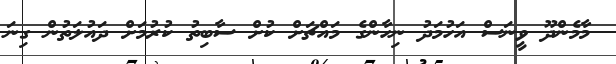
މާމެންދޫ ވީނަސް އަހުމަދު ނިހާންގެ މައްޗަށް ކުށް ސާބިތު ކުރުމަށް ދައުލަތުން ގިނަ